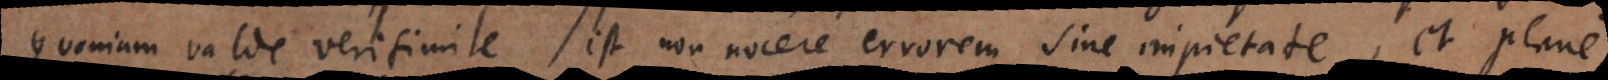
Quoniam valde verisimile est non nocere errorem sine impietate, et plan